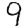
Digit: 9